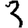
Digit: 3